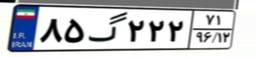
۷۵گ۸۸۱۹۶